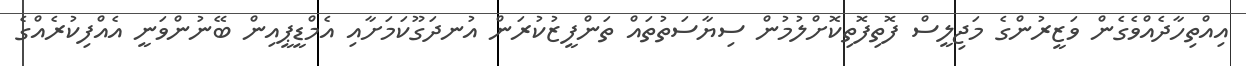
އިއްތިހާދެއްވެގެން ވަޒީރުންގެ މަޖިލީސް ފޮތިފޮތިކޮށްލުމުން ސިޔާސަތުތައް ތަންފީޒުކުރަން އުނދަގޫކަމަށާއި އެމްޑީޕީއިން ބޭނުންވަނީ އެއްފިކުރެއްގެ